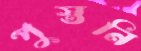
পুস্তনি